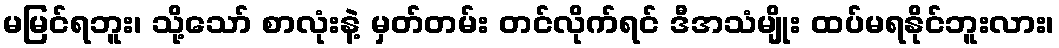
မမြင်ရဘူး၊ သို့သော် စာလုံးနဲ့ မှတ်တမ်း တင်လိုက်ရင် ဒီအသံမျိုး ထပ်မရနိုင်ဘူးလား၊